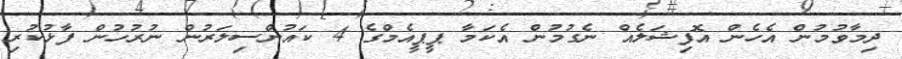
ދިމާވުމުން އެހެން އޮފިޝަލެއް ނެގުމުން އެކަމާ ޕީޕީއެމްގެ 4 ކައުންސިލަރުން ނުރުހުން ފާޅުކުރި